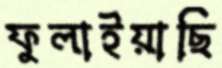
ফুলাইয়াছি